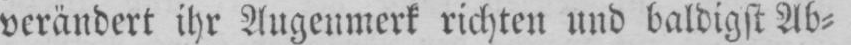
verändert ihr Augenmerk richten und baldigst Ab⸗